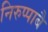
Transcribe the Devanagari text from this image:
निरुप्पाबै